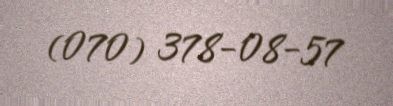
(070) 378-08-57